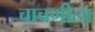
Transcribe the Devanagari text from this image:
चाचणीला